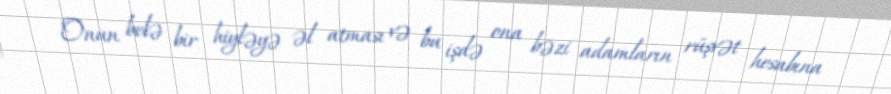
Onun belə bir hiyləyə əl atması və bu işdə ona bəzi adamların rüşvət hesabına